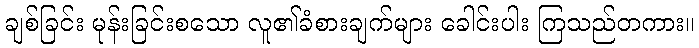
ချစ်ခြင်း မုန်းခြင်းစသော လူ၏ခံစားချက်များ ခေါင်းပါး ကြသည်တကား။